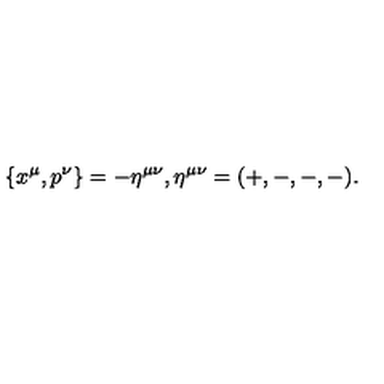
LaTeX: \{ x ^ { \mu } , p ^ { \nu } \} = - \eta ^ { \mu \nu } , \eta ^ { \mu \nu } = ( + , - , - , - ) .